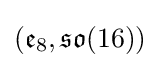
({\mathfrak {e}}_{8},{\mathfrak {so}}(16))